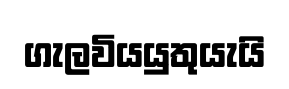
ගැලවියයුතුයැයි